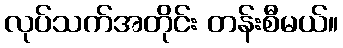
လုပ်သက်အတိုင်း တန်းစီမယ်။